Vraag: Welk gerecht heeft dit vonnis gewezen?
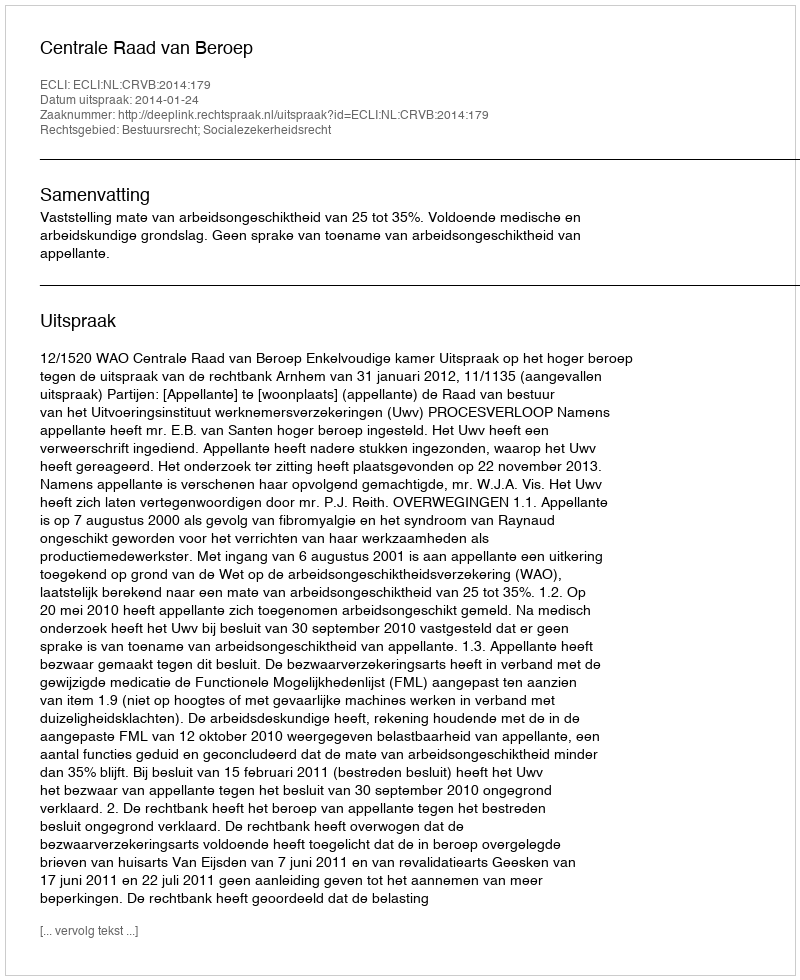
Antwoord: Centrale Raad van Beroep